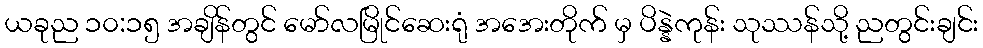
ယခုည ၁၀:၁၅ အချိန်တွင် မော်လမြိုင်ဆေးရုံ အအေးတိုက် မှ ပိန္နဲကုန်း သုဿန်သို့ ညတွင်းချင်း